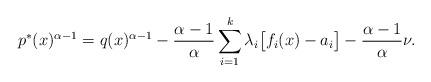
LaTeX: \begin{align*}p^*(x)^{\alpha-1} = q(x)^{\alpha-1} - \dfrac{\alpha-1}{\alpha} \sum\limits_{i=1}^k\lambda_i\big[f_i(x)-a_i\big] - \dfrac{\alpha-1}{\alpha}\nu.\end{align*}